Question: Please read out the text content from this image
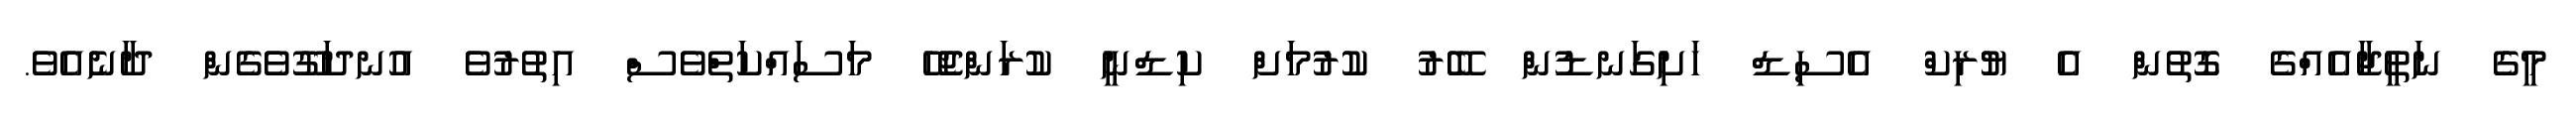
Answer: މީގެ ނަތީޖާއެއްގެ ގޮތުން އެ ޔުރިކް އެސިޑް ހަށިގަނޑުން ބޭރު ކުރުމަށް ކިޑްނީ ކުރަންޖެހޭ މަސައްކަތްވެސް އިތުރުވެ އުނދަގޫވެގެން ދާނެއެވެ.